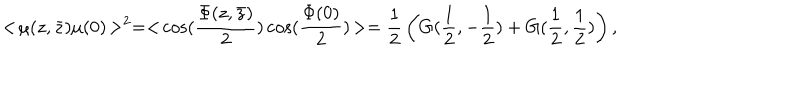
LaTeX: < \! \mu ( z , \bar { z } ) \mu ( 0 ) \! > ^ { 2 } = < \! \cos ( { \frac { \Phi ( z , \bar { z } ) } { 2 } } ) \cos ( { \frac { \Phi ( 0 ) } { 2 } } ) \! > = { \frac { 1 } { 2 } } \left( G ( { \frac { 1 } { 2 } } , - { \frac { 1 } { 2 } } ) + G ( { \frac { 1 } { 2 } } , { \frac { 1 } { 2 } } ) \right) ,